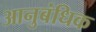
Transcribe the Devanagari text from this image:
आनुबंधिक